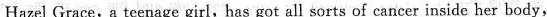
Hazel Grace, a teenage girl, has got all sorts of cancer inside her body,